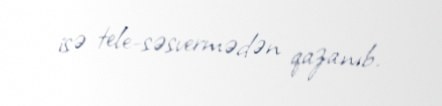
isə tele-səsvermədən qazanıb.